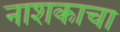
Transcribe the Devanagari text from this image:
नाशकाचा